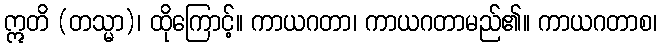
ဣတိ (တသ္မာ)၊ ထိုကြောင့်။ ကာယဂတာ၊ ကာယဂတာမည်၏။ ကာယဂတာစ၊